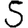
Digit: 5